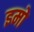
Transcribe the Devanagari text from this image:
इमो